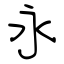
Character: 永